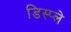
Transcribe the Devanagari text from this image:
डिस्‍प्‍ले